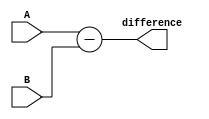
module subtractor(
    input wire [3:0] A,
    input wire [3:0] B,
    output reg [3:0] difference
);

assign difference = A - B;

endmodule